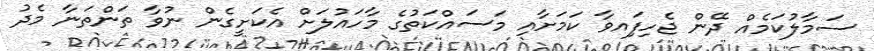
ސަމާލުކަމެއް ދޭން ޖެހިފަިއވާ ކަމަށާއި މަސައްކަތުގެ މާހައުލަށް އެކަށީގެން ނުވާ ތަންތަނާ މެދު